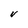
Character: V